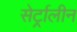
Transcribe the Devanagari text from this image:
सेर्ट्रालीन